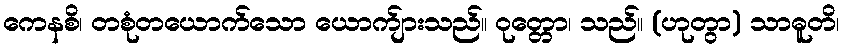
ကေနစိ၊ တစုံတယောက်သော ယောက်ျားသည်။ ဝုတ္တော၊ သည်။ (ဟုတွာ) သာဓူတိ၊